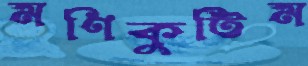
মণিকুট্টিম